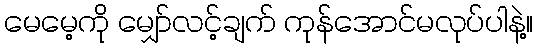
မေမေ့ကို မျှော်လင့်ချက် ကုန်အောင်မလုပ်ပါနဲ့။